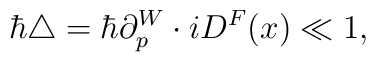
\hbar \triangle =  \hbar \partial_p^W \cdot iD^F(x) \ll 1,